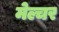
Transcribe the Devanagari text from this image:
मेल्चर